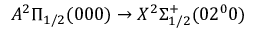
A ^ { 2 } \Pi _ { 1 / 2 } ( 0 0 0 ) \rightarrow X ^ { 2 } \Sigma _ { 1 / 2 } ^ { + } ( 0 2 ^ { 0 } 0 )